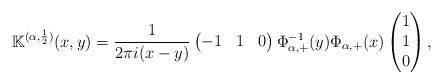
LaTeX: \begin{align*} \mathbb K^{(\alpha, \frac{1}{2})}(x,y)= \frac{1}{2\pi i (x-y)} \begin{pmatrix} -1 & 1 & 0\end{pmatrix}\Phi_{\alpha,+}^{-1}(y) \Phi_{\alpha,+}(x) \begin{pmatrix} 1 \\ 1 \\ 0\end{pmatrix},\end{align*}